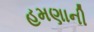
હમણાની